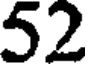
52